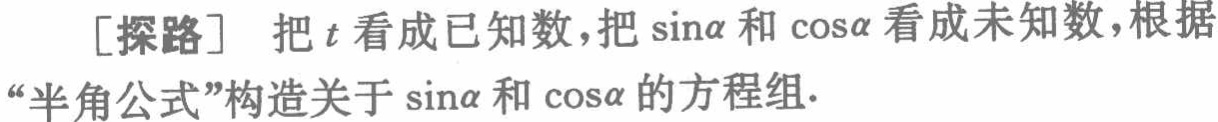
[探路] 把\(t\)看成已知数，把\(\sin\alpha\)和\(\cos\alpha\)看成未知数，根据“半角公式”构造关于\(\sin\alpha\)和\(\cos\alpha\)的方程组.